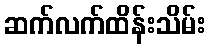
ဆက်လက်ထိန်းသိမ်း